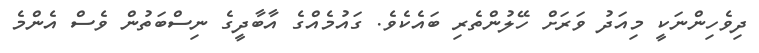
ދިވެހިންނަކީ މިއަދު ވަރަށް ހޭލުންތެރި ބައެކެވެ. ގައުމެއްގެ އާބާދީގެ ނިސްބަތުން ވެސް އެންމެ